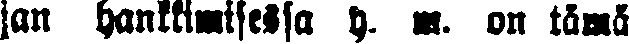
jan hankkimisessa y. m. on tämä